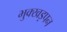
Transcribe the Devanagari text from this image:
भुक्खड़पन